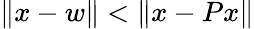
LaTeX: \| x-w\| <\| x-Px\|